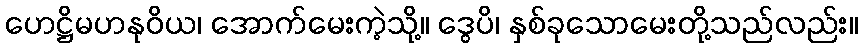
ဟေဋ္ဌိမဟနုဝိယ၊ အောက်မေးကဲ့သို့။ ဒွေပိ၊ နှစ်ခုသောမေးတို့သည်လည်း။